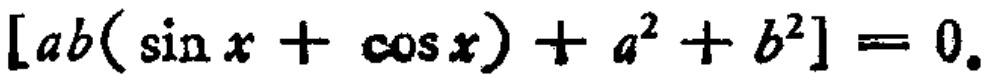
\([ab(\sin x + \cos x)+ a^{2}+ b^{2}]= 0.\)